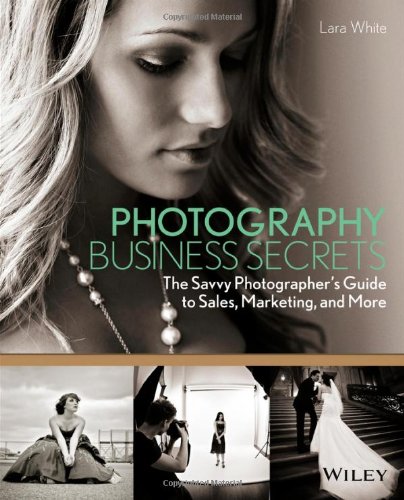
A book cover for Photography Business Secrets: The Savvy Photographer's Guide to Sales, Marketing, and More; Lara White; Arts & Photography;